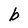
Character: b